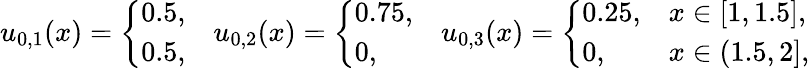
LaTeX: \begin{array}{r}{{u}_{0,1}(x)=\left\{ \begin{array}{ll}{0.5,}\\ {0.5,}\end{array}\right.\quad{u}_{0,2}(x)=\left\{ \begin{array}{ll}{0.75,}\\ {0,}\end{array}\right.\quad{u}_{0,3}(x)=\left\{ \begin{array}{ll}{0.25,}&{x\in[1,1.5],}\\ {0,}&{x\in(1.5,2],}\end{array}\right.}\end{array}